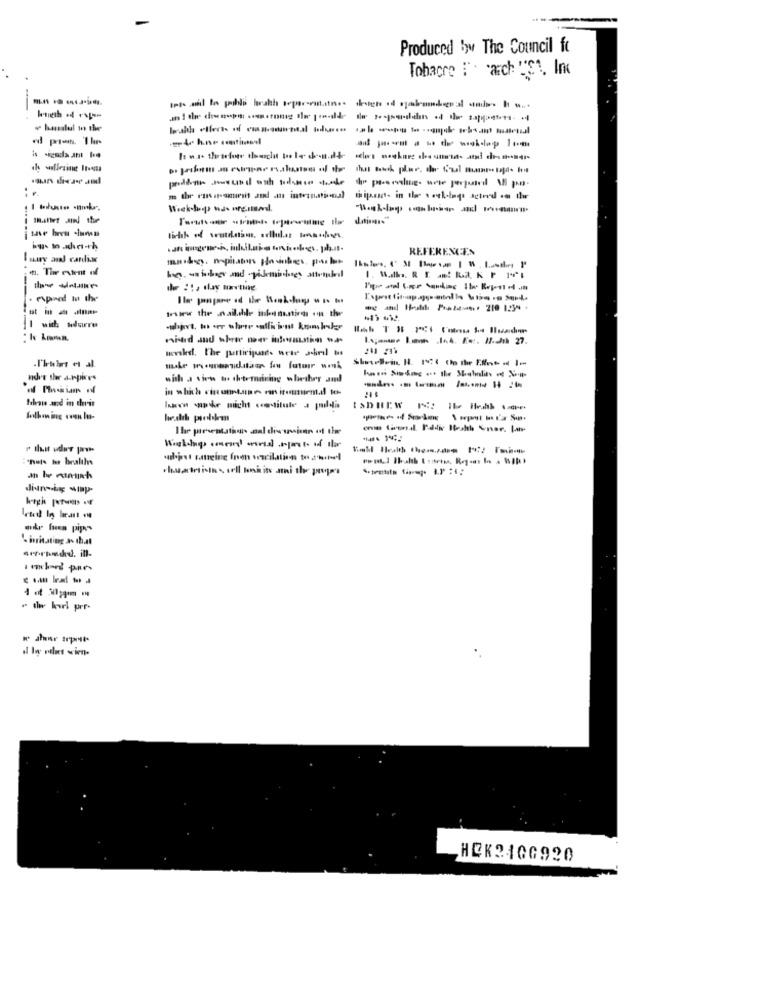
Produced By The Council fo
Tobacre : . arch ""Et, Inc
-----
-
----
REFERENCES
Istry and candice
4. The extent of
the :1, day navtung
. euparet to the
-- - -
wiew the .nailable inkonunting on the
nder thr anpires
with a view to thetemaring whether and
in which circonstune rar itoumen.il te-
hen -øke micht costitute a puildi
tabHEW
"nais to bealths
an be continch
oude buen pipes
' insinuating as that
4Porhadd. ill-
- twe kul prf-
I her trprst.
HCK210G920